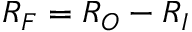
R _ { F } = R _ { O } - R _ { I }